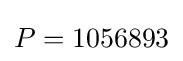
P=1056893